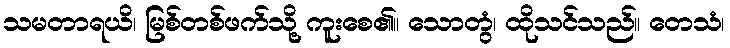
သမတာရယိ၊ မြစ်တစ်ဖက်သို့ ကူးစေ၏။ သောတွံ၊ ထိုသင်သည်။ တေသံ၊